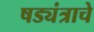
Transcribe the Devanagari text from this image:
षड्यंत्राचे